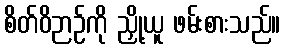
စိတ်ဝိဉာဉ်ကို ညှို့ယူ ဖမ်းစားသည်။